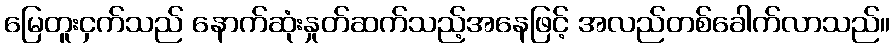
မြေတူးငှက်သည် နောက်ဆုံးနှုတ်ဆက်သည့်အနေဖြင့် အလည်တစ်ခေါက်လာသည်။